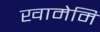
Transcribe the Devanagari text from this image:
खामेमि